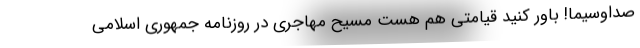
صداوسیما! باور کنید قیامتی هم هست مسیح مهاجری در روزنامه جمهوری اسلامی